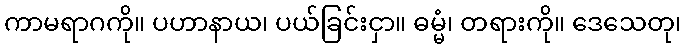
ကာမရာဂကို။ ပဟာနာယ၊ ပယ်ခြင်းငှာ။ ဓမ္မံ၊ တရားကို။ ဒေသေတု၊